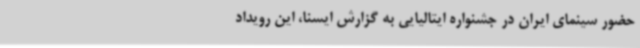
حضور سینمای ایران در جشنواره ایتالیایی به گزارش ایسنا، این رویداد